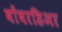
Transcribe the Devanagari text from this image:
बोंबरडिअर